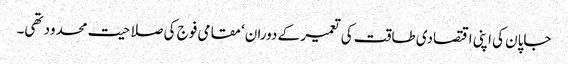
جاپان کی اپنی اقتصادی طاقت کی تعمیر کے دوران‘ مقامی فوج کی صلاحیت محدود تھی۔